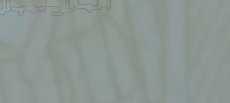
صالون التجميل النسائي يقد